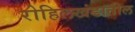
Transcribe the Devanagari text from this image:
रोहिलखंडातील